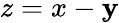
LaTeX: z=x-\mathbf{y}